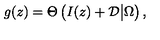
g ( z ) = \Theta \left( I ( z ) + { \cal D } \big | \Omega \right) ,